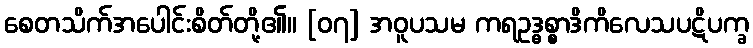
စေတသိက်အပေါင်းစိတ်တို့၏။ [၀၇] အဝူပသမ ကရဥဒ္ဓစ္စာဒိကိလေသပဋိပက္ခ